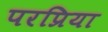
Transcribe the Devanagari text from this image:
परप्रिया